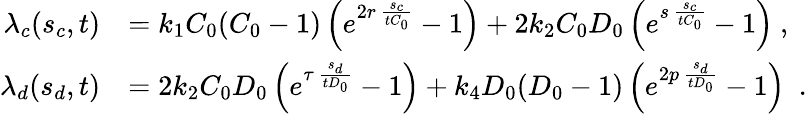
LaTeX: \begin{array}{rl}{\lambda_{c}(s_{c},t)}&{=k_{1}C_{0}(C_{0}-1)\left(e^{2r\, \frac{s_{c}}{tC_{0}}}-1\right)+2k_{2}C_{0}D_{0}\left(e^{s\, \frac{s_{c}}{tC_{0}}}-1\right)~,}\\ {\lambda_{d}(s_{d},t)}&{=2k_{2}C_{0}D_{0}\left(e^{\tau\, \frac{s_{d}}{tD_{0}}}-1\right)+k_{4}D_{0}(D_{0}-1)\left(e^{2p\, \frac{s_{d}}{tD_{0}}}-1\right)~~.}\end{array}